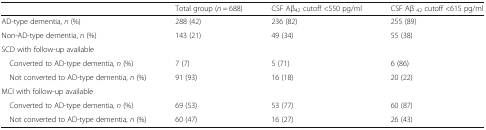
|  | Total group (n = 688) | CSF Aβ42 cutoff <550 pg/ml | CSF Aβ 42 cutoff <615 pg/ml |
 | --- | --- | --- | --- |
 | AD-type dementia, n (%) | 288 (42) | 236 (82) | 255 (89) |
 | Non-AD-type dementia, n (%) | 143 (21) | 49 (34) | 55 (38) |
 | <COLSPAN=4> SCD with follow-up available |
 | Converted to AD-type dementia, n (%) | 7 (7) | 5 (71) | 6 (86) |
 | Not converted to AD-type dementia, n (%) | 91 (93) | 16 (18) | 20 (22) |
 | <COLSPAN=4> MCI with follow-up available |
 | Converted to AD-type dementia, n (%) | 69 (53) | 53 (77) | 60 (87) |
 | Not converted to AD-type dementia, n (%) | 60 (47) | 16 (27) | 26 (43) |